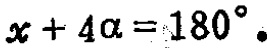
\(x + 4\alpha = 180^{\circ}\)